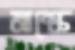
মাস্কে